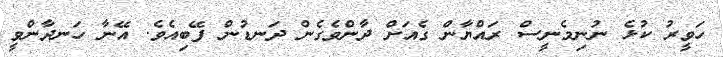
ހަވީރު ކުޅެ ނުނިމެނީސް ރައްޔާން ގެއަށް ދާންވެގެން ދަނޑުން ފޭބިއެވެ. އޭނާ ހަނދާންވީ